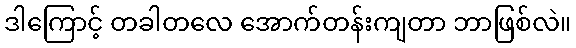
ဒါကြောင့် တခါတလေ အောက်တန်းကျတာ ဘာဖြစ်လဲ။